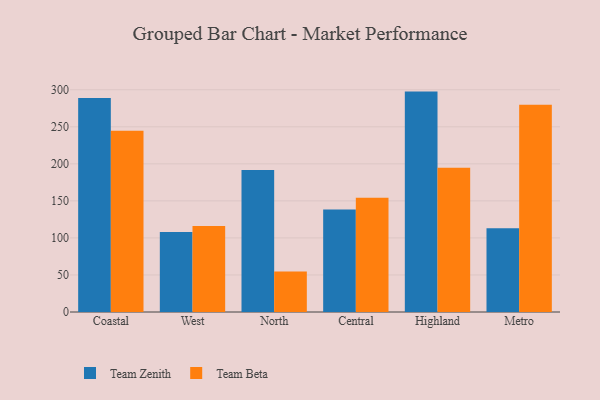
{"axis": {"x": "Region", "y": "Production Output"}, "legend": ["Team Beta", "Team Zenith"], "data": [{"x": "Coastal", "y": 288.7, "type": "Team Zenith"}, {"x": "Coastal", "y": 244.7, "type": "Team Beta"}, {"x": "West", "y": 108.1, "type": "Team Zenith"}, {"x": "West", "y": 116.1, "type": "Team Beta"}, {"x": "North", "y": 191.6, "type": "Team Zenith"}, {"x": "North", "y": 54.8, "type": "Team Beta"}, {"x": "Central", "y": 138.5, "type": "Team Zenith"}, {"x": "Central", "y": 154.1, "type": "Team Beta"}, {"x": "Highland", "y": 297.5, "type": "Team Zenith"}, {"x": "Highland", "y": 194.7, "type": "Team Beta"}, {"x": "Metro", "y": 112.9, "type": "Team Zenith"}, {"x": "Metro", "y": 279.9, "type": "Team Beta"}]}